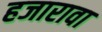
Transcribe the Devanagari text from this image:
हजारावा